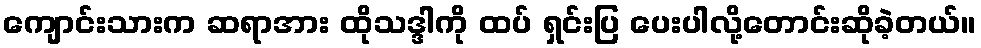
ကျောင်းသားက ဆရာအား ထိုသဒ္ဒါကို ထပ် ရှင်းပြ ပေးပါလို့တောင်းဆိုခဲ့တယ်။